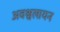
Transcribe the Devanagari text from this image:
अवश्वलायन